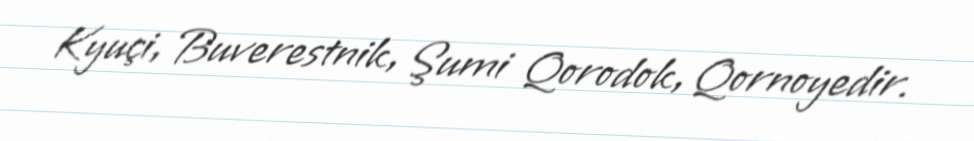
Kyuçi, Buverestnik, Şumi Qorodok, Qornoyedir.